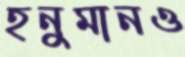
হনুমানও